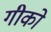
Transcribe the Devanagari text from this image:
गीको